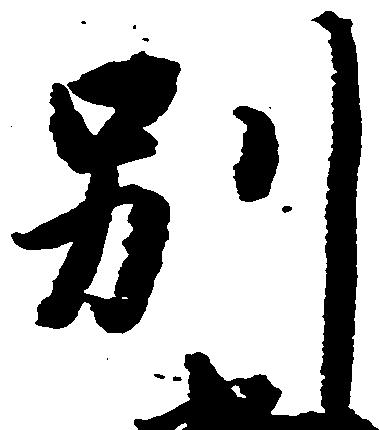
別